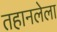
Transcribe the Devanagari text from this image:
तहानलेला